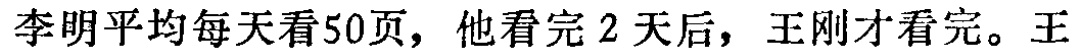
李明平均每天看50页，他看完2天后，王刚才看完。王